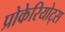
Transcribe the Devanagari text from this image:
प्रोकेरियोट्स